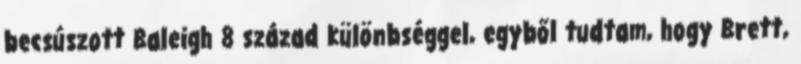
becsúszott Baleigh 8 század különbséggel, egyből tudtam, hogy Brett,